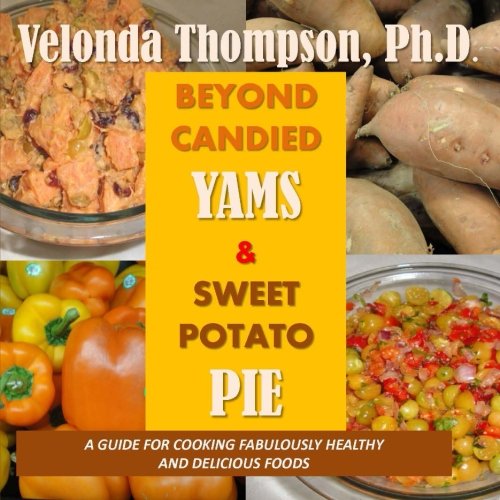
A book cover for Beyond Candied Yams & Sweet Potato Pie (Volume 1); Velonda Thompson Ph.D; Cookbooks, Food & Wine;